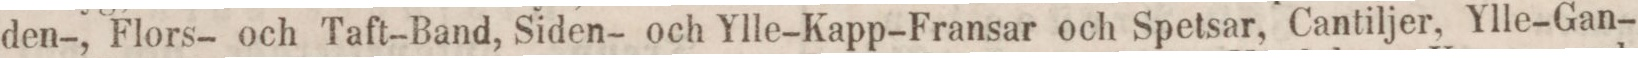
den-, Flors- och Taft-Band, Siden- och Ylle-Kapp-Fransar och Spetsar, Cantiljer, Ylle-Gan-